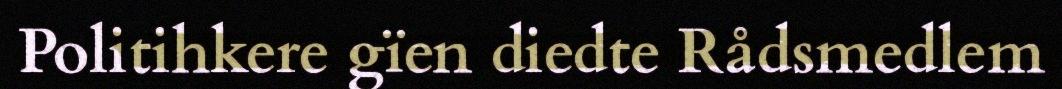
Politihkere gïen diedte Rådsmedlem